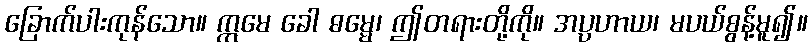
ခြောက်ပါးကုန်သော။ ဣမေ ခေါ ဓမ္မေ၊ ဤတရားတို့ကို။ အပ္ပဟာယ၊ မပယ်စွန့်မူ၍။